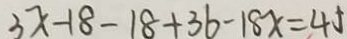
3 x - 1 8 - 1 8 + 3 6 - 1 8 x = 4 5